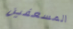
المسعفين